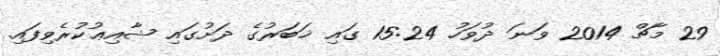
29 މާޗް 2014 ވަނަ ދުވަހު 15:24 ގައި ޚަބަރުގެ ދަށުގައި ޝާއިޢުކުރެވިފައި.